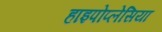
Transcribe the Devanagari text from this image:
हाइपोप्लेसिया